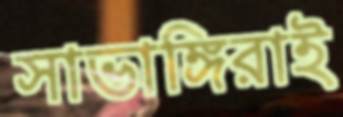
সাভাঙ্গিরাই